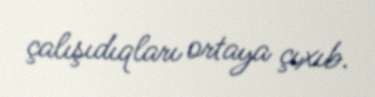
çalışıdıqları ortaya çıxıb.